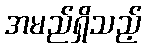
အမည်ရှိသည့်